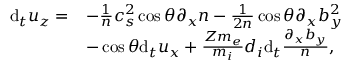
\begin{array} { r l } { \mathrm { d } _ { t } u _ { z } = } & { - \frac { 1 } { n } c _ { s } ^ { 2 } \cos \theta \partial _ { x } n - \frac { 1 } { 2 n } \cos \theta \partial _ { x } b _ { y } ^ { 2 } } \\ & { - \cos \theta \mathrm { d } _ { t } u _ { x } + \frac { Z m _ { e } } { m _ { i } } d _ { i } \mathrm { d } _ { t } \frac { \partial _ { x } b _ { y } } { n } , } \end{array}